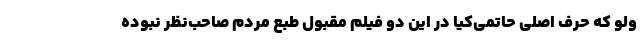
ولو که حرف اصلی حاتمی‌کیا در این دو فیلم مقبول طبع مردم صاحب‌نظر نبوده